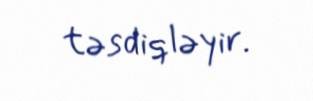
təsdiqləyir.